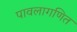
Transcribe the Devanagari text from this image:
पावलागणित